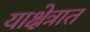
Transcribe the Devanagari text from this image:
याक्षेत्रात